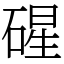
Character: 䃏